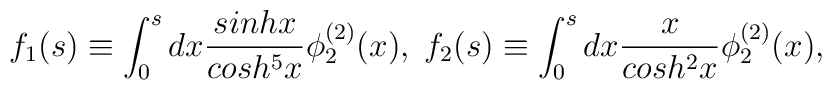
f_{1}(s) \equiv \int^{s}_{0} dx \frac{sinh x}{cosh^{5}x} \phi^{(2)}_{2}(x), \;f_{2}(s) \equiv \int^{s}_{0} dx \frac{x}{cosh^{2}x} \phi^{(2)}_{2}(x),